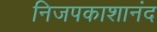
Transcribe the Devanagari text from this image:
निजपकाशानंद